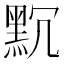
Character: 𪐨